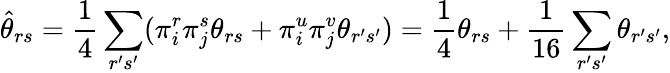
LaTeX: \hat{\theta}_{rs}=\frac{1}{4}\sum_{r^{\prime}s^{\prime}}(\pi_{i}^{r}\pi_{j}^{s}\theta_{rs}+\pi_{i}^{u}\pi_{j}^{v}\theta_{r^{\prime}s^{\prime}})=\frac{1}{4}\theta_{rs}+\frac{1}{16}\sum_{r^{\prime}s^{\prime}}\theta_{r^{\prime}s^{\prime}},